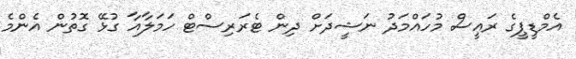
އެމްޑީޕީގެ ރައީސް މުހައްމަދު ނަޝީދަށް ދިން ޓެރަރިސްޓް ހަމަލާއާ ގުޅޭ ގޮތުން އެންމެ